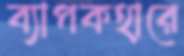
ব্যাপকহারে